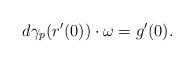
LaTeX: \begin{align*}d\gamma_p(r'(0))\cdot \omega=g'(0).\end{align*}